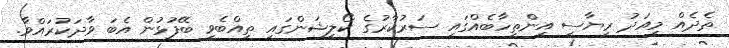
ތެދެއް މިއަދު ރިޔާސީ އިންތިހާބެއްގައި ސަރުކާރުގެ ކޯލިޝަންގައި ތިއްބެވި ބޭފުޅުން އެބަ ވާދަކުރައްވާ.